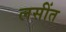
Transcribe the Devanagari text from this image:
लसींत